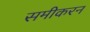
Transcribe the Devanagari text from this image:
समीकरन